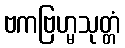
ဗကဗြဟ္မသုတ္တံ